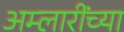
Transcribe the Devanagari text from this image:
अम्लारींच्या